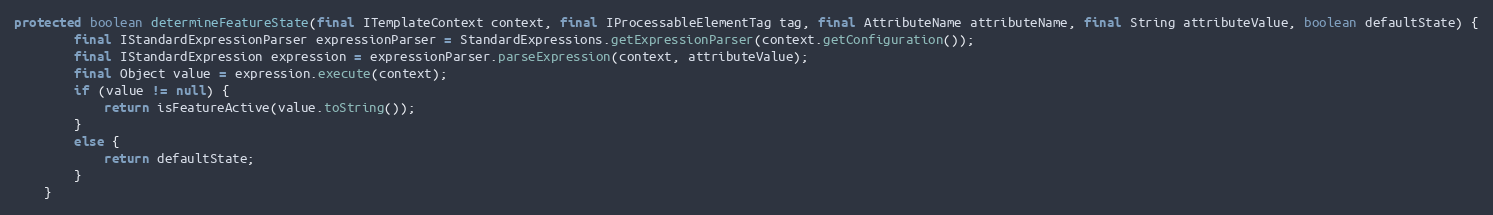
Language: Java
protected boolean determineFeatureState(final ITemplateContext context, final IProcessableElementTag tag, final AttributeName attributeName, final String attributeValue, boolean defaultState) {
        final IStandardExpressionParser expressionParser = StandardExpressions.getExpressionParser(context.getConfiguration());
        final IStandardExpression expression = expressionParser.parseExpression(context, attributeValue);
        final Object value = expression.execute(context);
        if (value != null) {
            return isFeatureActive(value.toString());
        }
        else {
            return defaultState;
        }
    }